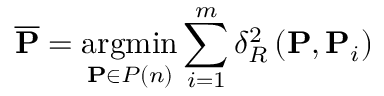
\mathbf { \overline { { P } } } = \underset { \mathbf { P } \in P ( n ) } { \operatorname { a r g m i n } } \sum _ { i = 1 } ^ { m } \delta _ { R } ^ { 2 } \left( \mathbf { P } , \mathbf { P } _ { i } \right)